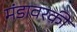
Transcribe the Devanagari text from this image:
मंडावरकी